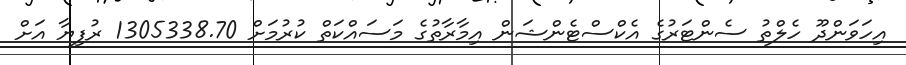
އިހަވަންދޫ ހެލްތު ސެންޓަރުގެ އެކްސްޓެންޝަން އިމާރާތުގެ މަސައްކަތް ކުރުމަށް 1305338.70 ރުފިޔާ އަށް